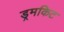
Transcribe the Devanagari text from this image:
ड्रमकिट